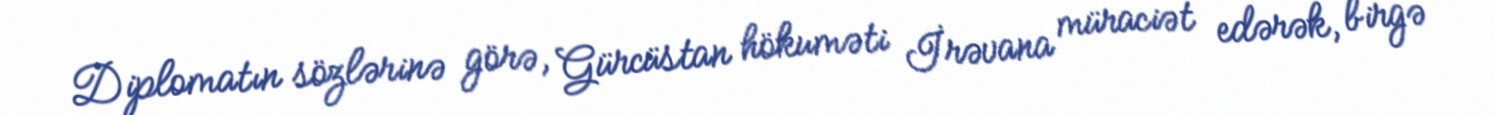
Diplomatın sözlərinə görə, Gürcüstan hökuməti İrəvana müraciət edərək, birgə